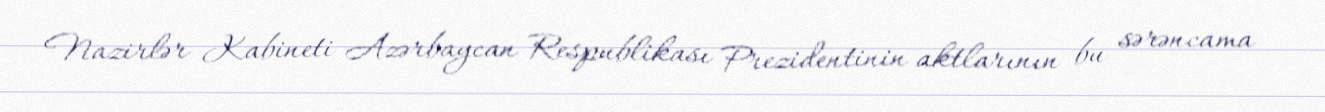
Nazirlər Kabineti Azərbaycan Respublikası Prezidentinin aktlarının bu sərəncama